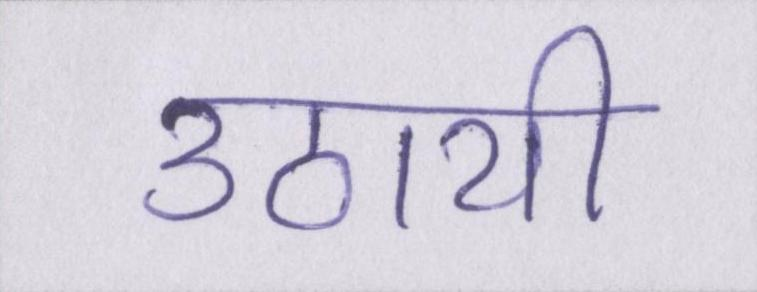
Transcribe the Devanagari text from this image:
उठायी